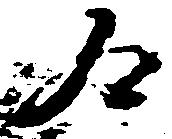
合